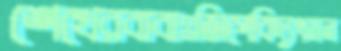
শেখেরবাবাঃজিপেবিদ্যুৎমন